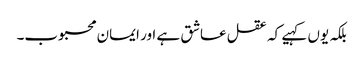
بلکہ یوں کہیے کہ عقل عاشق ہے اور ایمان محبوب۔